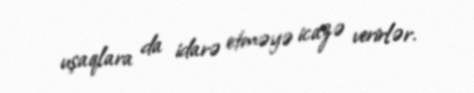
uşaqlara da idarə etməyə icazə verirlər.